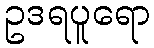
ဥဒရပူရော